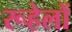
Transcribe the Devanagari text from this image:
रूहेलों